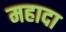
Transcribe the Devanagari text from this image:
महादा